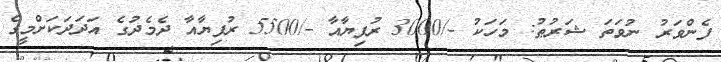
ފެންވަރު ނުވަތަ ޝަރުޠު: މަހަކު -/3000 ރުފިޔާއާ -/5500 ރުފިޔާއާ ދެމެދުގެ އަދަދަކަށްމީގެ